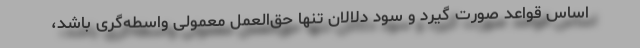
اساس قواعد صورت گیرد و سود دلالان تنها حق‌العمل معمولی واسطه‌گری باشد،